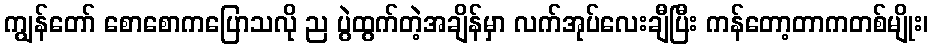
ကျွန်တော် စောစောကပြောသလို ည ပွဲထွက်တဲ့အချိန်မှာ လက်အုပ်လေးချီပြီး ကန်တော့တာကတစ်မျိုး၊